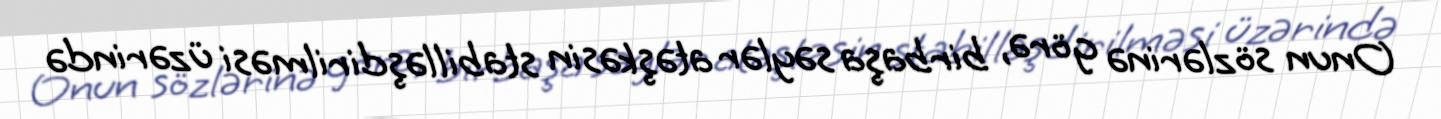
Onun sözlərinə görə, birbaşa səylər atəşkəsin stabilləşdirilməsi üzərində